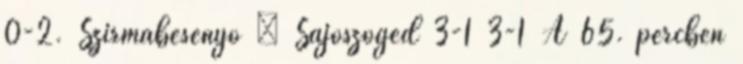
0-2. Szirmabesenyő – Sajószöged 3-1 3-1 A 65. percben